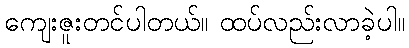
ကျေးဇူးတင်ပါတယ်။ ထပ်လည်းလာခဲ့ပါ။